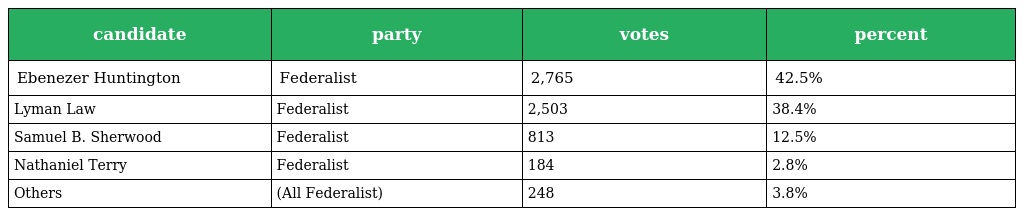
| candidate | party | votes | percent |
 | --- | --- | --- | --- |
 | Ebenezer Huntington | Federalist | 2,765 | 42.5% |
 | Lyman Law | Federalist | 2,503 | 38.4% |
 | Samuel B. Sherwood | Federalist | 813 | 12.5% |
 | Nathaniel Terry | Federalist | 184 | 2.8% |
 | Others | (All Federalist) | 248 | 3.8% |